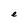
Character: e